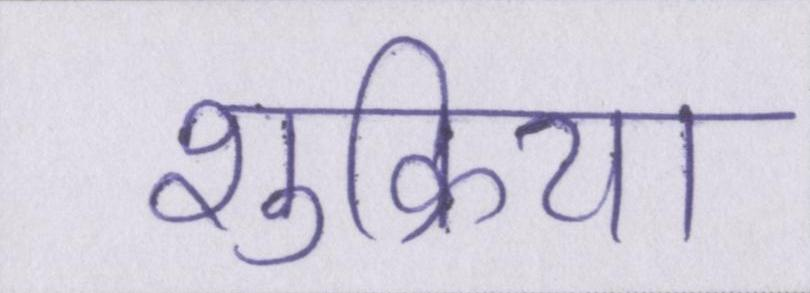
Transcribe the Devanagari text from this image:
शुक्रिया